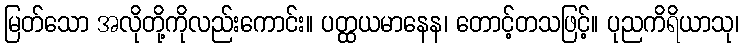
မြတ်သော အလိုတို့ကိုလည်းကောင်း။ ပတ္ထယမာနေန၊ တောင့်တသဖြင့်။ ပုညကိရိယာသု၊